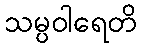
သမ္ပဝါရေတိ